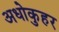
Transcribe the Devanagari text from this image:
अधोकुहर